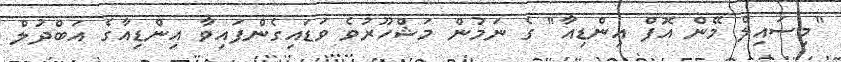
"މިސައިލް މޭން އޮފް އިންޑިއާ" ގެ ނަމުން މަޝްހޫރުވެ ވަޑައިގެންފައިވާ އިންޑިއާގެ އަބްދުލް